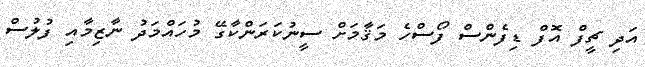
އަދި ޗީފް އޮފް ޑިފެންސް ފޯސްހެ މަޤާމަށް ސީނުކަރަންކާގޭ މުހައްމަދު ނާޒިމާއި ފުލުސް